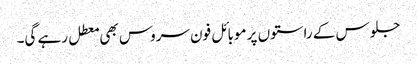
جلوس کے راستوں پر موبائل فون سروس بھی معطل رہے گی۔